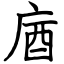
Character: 庮